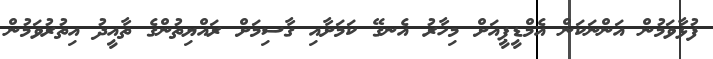
ފުޅާވަމުން އަންނަކަން އެމްޑީޕީއަށް މިހާރު އެނގޭ ކަމަށާއި ގާސިމަށް ރައްޔިތުންގެ ތާއީދު އިތުރުވަމުން